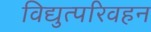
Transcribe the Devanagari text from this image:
विद्युत्परिवहन